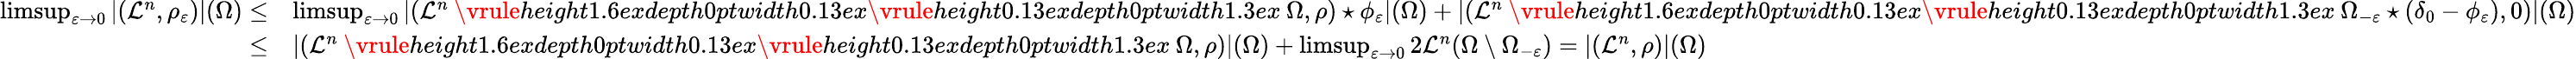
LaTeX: \begin{array}{rl}{\operatorname*{limsup}_{\varepsilon\to 0}|(\mathcal{L}^{n},\rho_{\varepsilon})|(\Omega)\leq}&{\operatorname*{limsup}_{\varepsilon\to 0}|(\mathcal{L}^{n}\mathbin{\vrule height1.6exdepth0ptwidth0.13ex\vrule height0.13exdepth0ptwidth1.3ex}\Omega,\rho)\star\phi_{\varepsilon}|(\Omega)+|(\mathcal{L}^{n}\mathbin{\vrule height1.6exdepth0ptwidth0.13ex\vrule height0.13exdepth0ptwidth1.3ex}\Omega_{-\varepsilon}\star(\delta_{0}-\phi_{\varepsilon}),0)|(\Omega)}\\ {\leq}&{|(\mathcal{L}^{n}\mathbin{\vrule height1.6exdepth0ptwidth0.13ex\vrule height0.13exdepth0ptwidth1.3ex}\Omega,\rho)|(\Omega)+\operatorname*{limsup}_{\varepsilon\to 0}2\mathcal{L}^{n}(\Omega\setminus\Omega_{-\varepsilon})=|(\mathcal{L}^{n},\rho)|(\Omega)}\end{array}